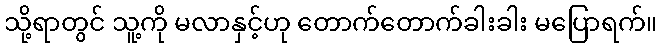
သို့ရာတွင် သူ့ကို မလာနှင့်ဟု တောက်တောက်ခါးခါး မပြောရက်။